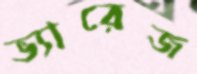
ভ্যারেজ